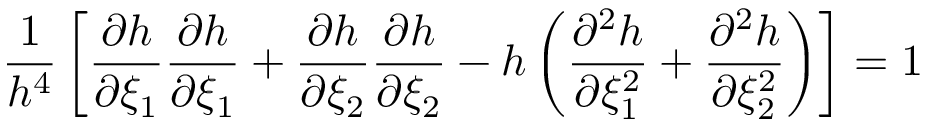
\frac { 1 } { h ^ { 4 } } \left[ \frac { \partial h } { \partial \xi _ { 1 } } \frac { \partial h } { \partial \xi _ { 1 } } + \frac { \partial h } { \partial \xi _ { 2 } } \frac { \partial h } { \partial \xi _ { 2 } } - h \left( \frac { \partial ^ { 2 } h } { \partial \xi _ { 1 } ^ { 2 } } + \frac { \partial ^ { 2 } h } { \partial \xi _ { 2 } ^ { 2 } } \right) \right] = 1